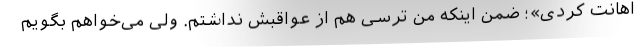
اهانت کردی»؛ ضمن اینکه من ترسی هم از عواقبش نداشتم. ولی می‌خواهم بگویم